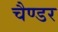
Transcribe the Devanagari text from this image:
चैण्डर